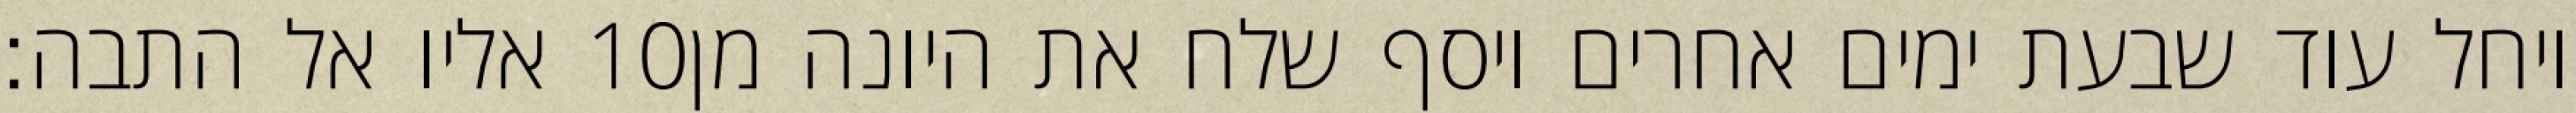
אליו אל התבה׃ ‎10‏ ויחל עוד שבעת ימים אחרים ויסף שלח את היונה מן